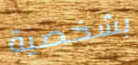
بشخصية